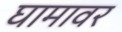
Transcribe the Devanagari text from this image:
घामावर